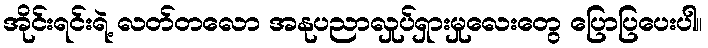
အိုင်းရင်းရဲ့ လတ်တလော အနုပညာလှုပ်ရှားမှုလေးတွေ ပြောပြပေးပါ။